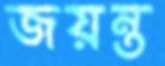
জয়ন্ত